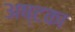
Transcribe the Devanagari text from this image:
अष्टका